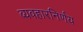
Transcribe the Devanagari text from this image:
व्यवहारनिर्णय